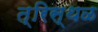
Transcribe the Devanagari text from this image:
त्रिस्थळ